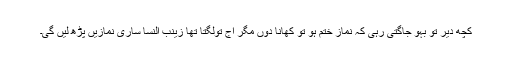
کچھ دیر تو بہو جاگتی رہی کہ نماز ختم ہو تو کھانا دوں مگر آج تولگتا تھا زینب النسا ساری نمازیں پڑھ لیں گی۔